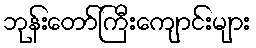
ဘုန်းတော်ကြီးကျောင်းများ